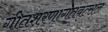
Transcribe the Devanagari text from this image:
गीतशरणागतवत्सल